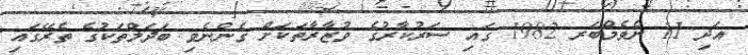
އަދި 11 ނެވެމްބަރ 1982 ގައި ސަރުކާރުގެ ވުޒާރާތަކަށް ގެންނެވި ބަދަލްތަކުގެ ތެރޭގައި